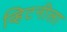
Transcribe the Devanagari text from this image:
व्हिटनीला